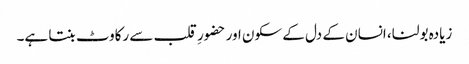
زیادہ بولنا، انسان کے دل کے سکون اور حضورِ قلب سے رکاوٹ بنتا ہے۔